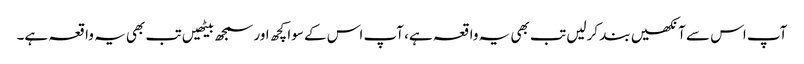
آپ اس سے آنکھیں بند کرلیں تب بھی یہ واقعہ ہے، آپ اس کے سوا کچھ اور سمجھ بیٹھیں تب بھی یہ واقعہ ہے۔